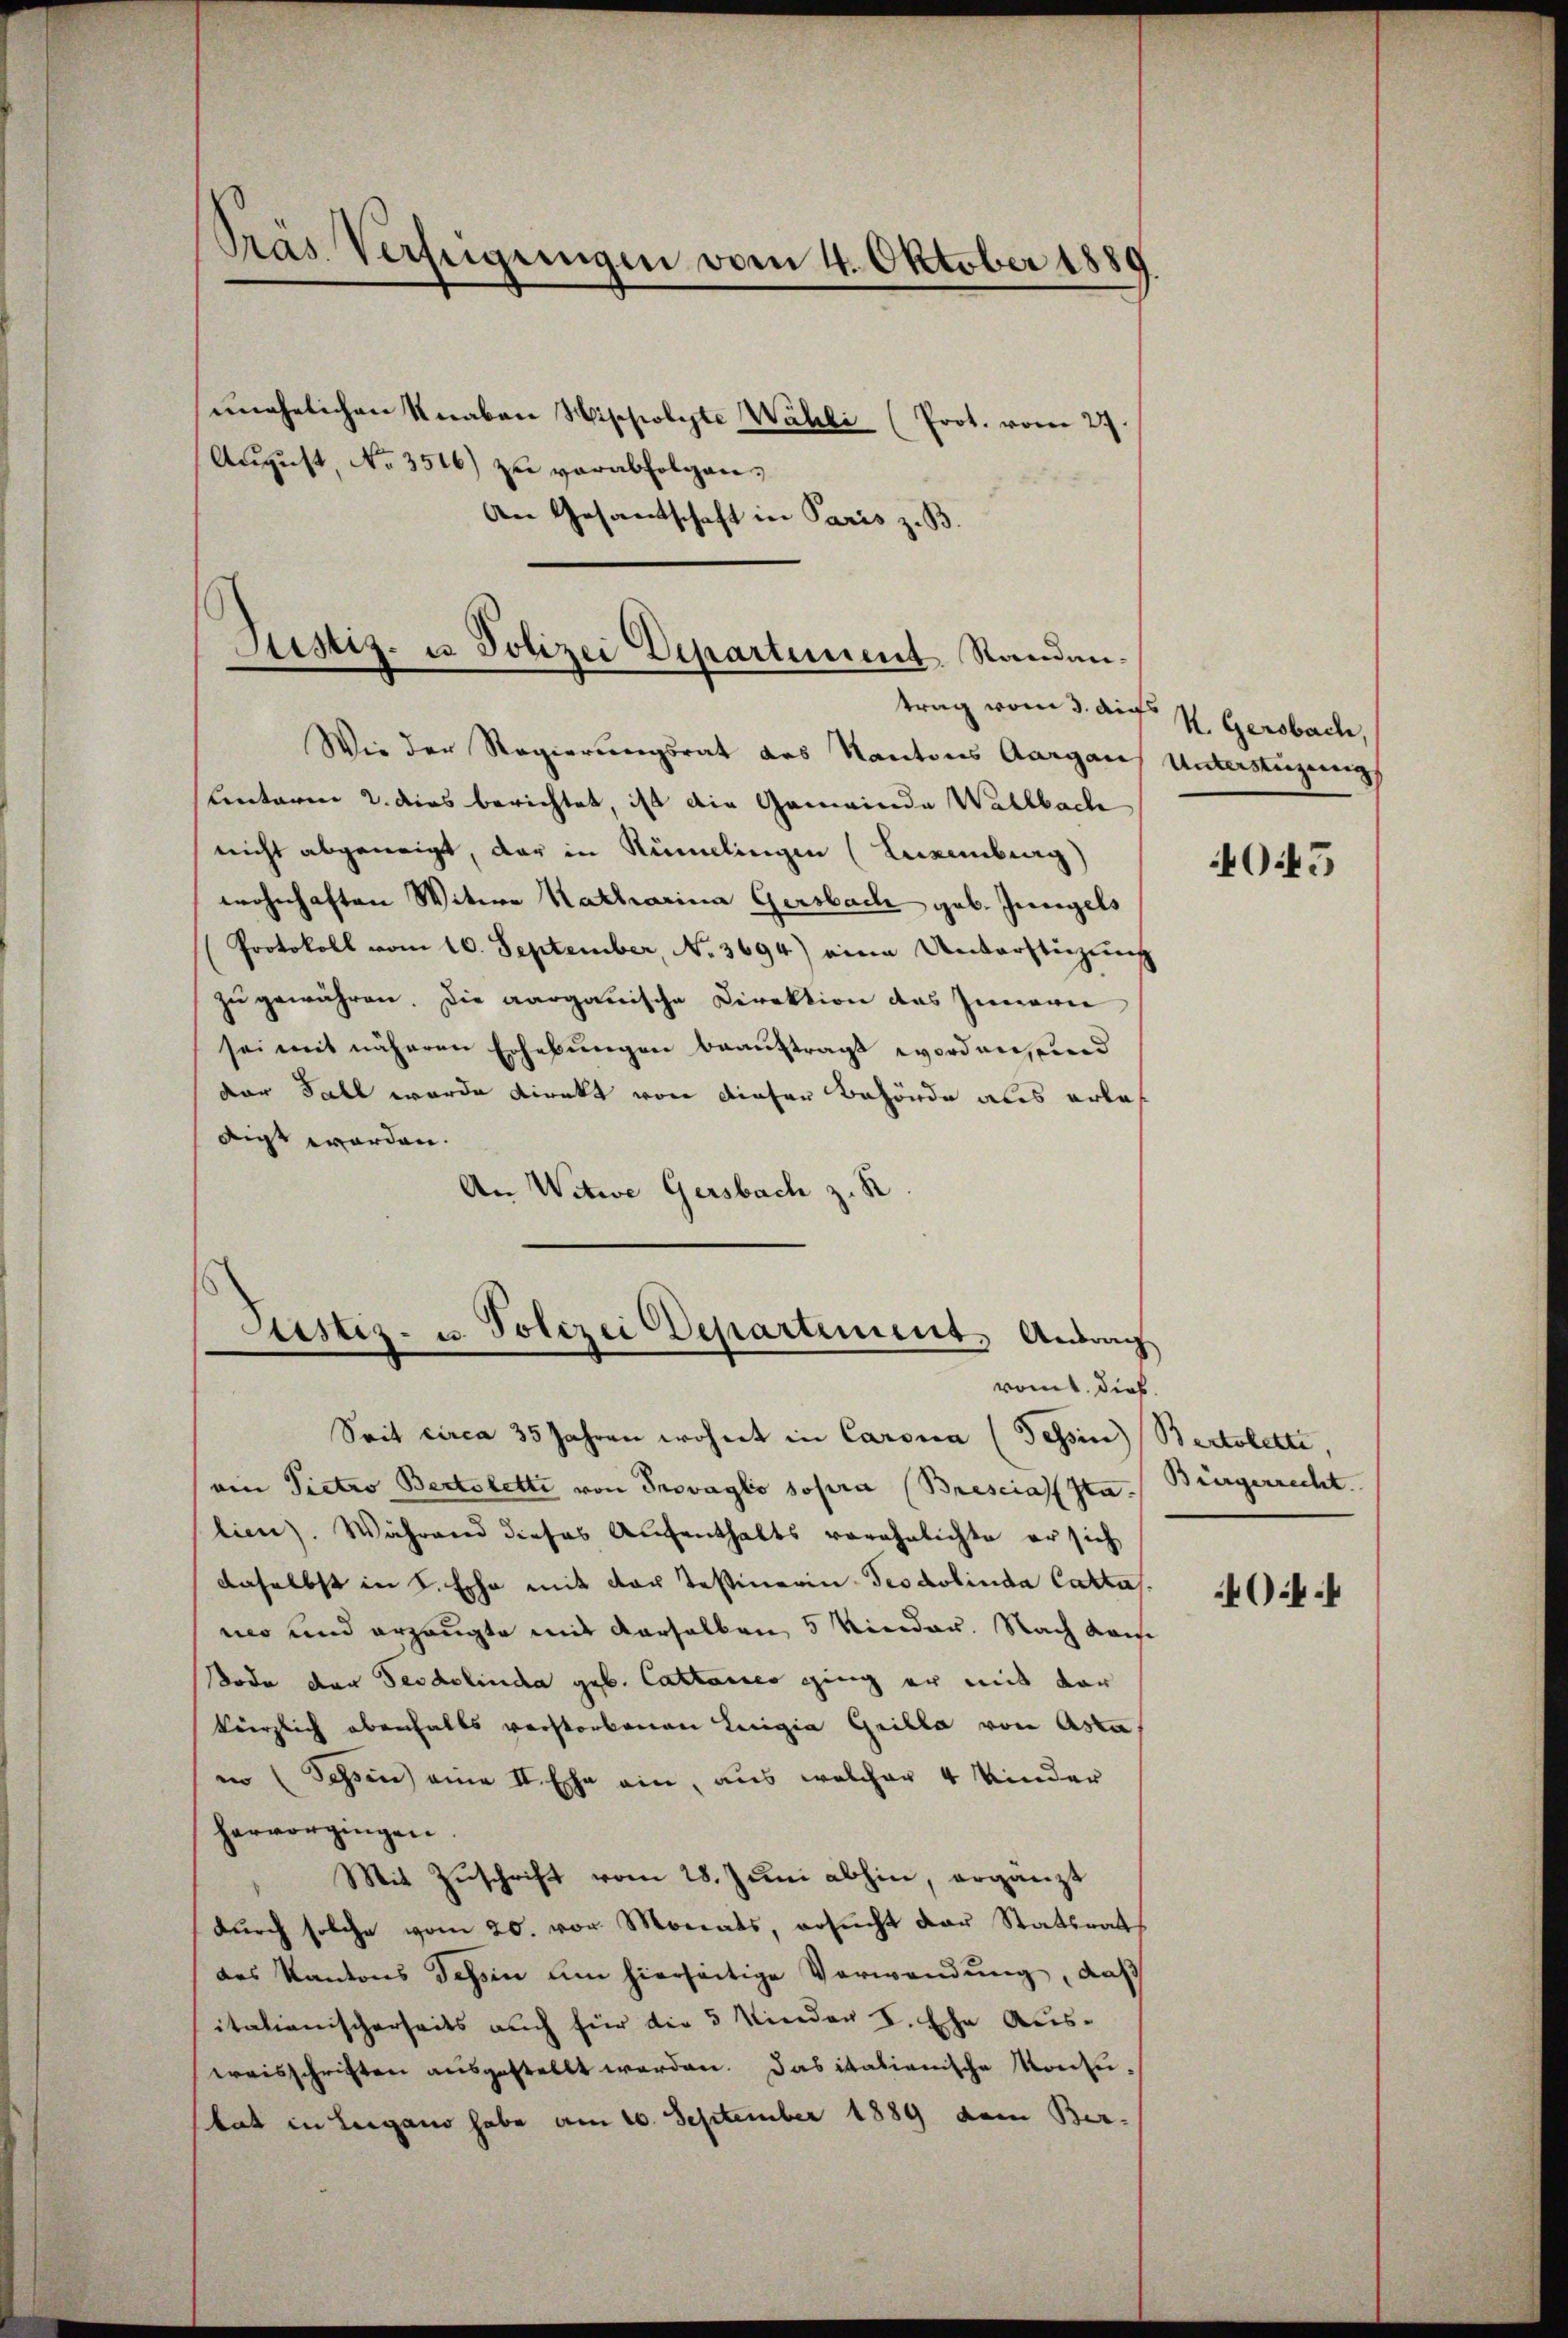
ŭnehelichen Knaben Wippolyte Wahli (Prot. vom 27.
Aŭgŭst No 3516) zu verabfolgen.
An Gesandtschaft in Paris z. B.

Gras Verfügungen vom 4. Oktober 1889

Wie der Regierungsrat des Kantons Aargaus Unterstüzungs
lentaren u. dies berichtet, ist die Gemeinde Wallbach
nicht abgeneigt, der in Rümelingen (Luxenberg)
wohnhaften Witwe Katharina Gersbach geb. Jungels
Protokoll vom 16. September, No. 3694) eine Unterstüzung
zu gewähren. Die aargauische Direktion des Innern
sei mit näheren Erhebungen beauftragt worden, und
der Fall wurde direkt von dieser Behörde als arbe
digt worden.
An Witwe Gersbach z. R.

Justiz- u Polizei Departement Standen.
trag vom 3. Aufs

Justiz- u. Polizei Departement. Andra
romt dies.

Sait circa 35 Jahren wohnet in Caronia (Tessin (Bertobette,
ain Pietro Bertoletti von Provagio sopra (Brescias Sta
lien). Während dieses Aufenthalts verähnlichte er sich
daselbst in L. Ehe mit der Testinerin Trodolina Catta.
mo und erzeugte mit derselben 5 Kinder. Nach Kam
Bode der Seidelinda geb. Cattares ging er mit der
kürzlich ebenfalls verstorbenen Luigia Grilla von Asta
in (Schsen) eine II. Ehe ein, aus welcher 4 Kinder
hervorgingen.
Mit Zŭschrift vom 28. Juni abhin, ergänzt
dŭrch solche vom 20. vor Monats, ersŭcht der Statsrat
des Kantons dessen um hierseitige Verwendung, daß
italienischerseits auch für die 5 Kinder L. Ehe Aus-
wraisschriften ausgestellt werden. Das italienische Konsutat in Lugano habe am 10. September 1889 dem Ber-

K. Gersbach,

40.45

Bürgerrecht.

40.4.4